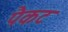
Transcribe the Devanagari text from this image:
पैकट